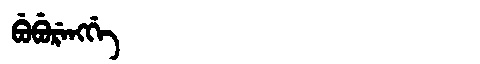
Manchu: ᠪᡠᠪᡠᡵᡝᠩᡤᡝ
Romanization: BUBURENGGE